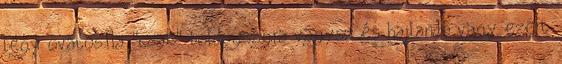
légy óvatos.Ha "csak" boldogságra vágysz és hajlandó vagy ezért